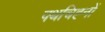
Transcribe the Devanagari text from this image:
पथचिह्नों